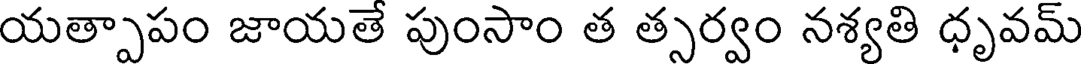
యత్పాపం జాయతే పుంసాం త త్సర్వం నశ్యతి ధృవమ్